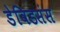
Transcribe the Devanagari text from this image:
डेविडसंस